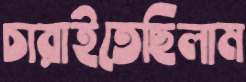
চারাইতেছিলাম